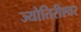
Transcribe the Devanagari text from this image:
ज्योतिरीश्‍वर